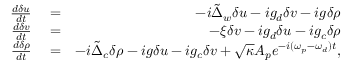
\begin{array} { r l r } { \frac { d \delta u } { d t } } & { { } = } & { - i \tilde { \Delta } _ { w } \delta u - i g _ { d } \delta v - i g \delta \rho } \\ { \frac { d \delta v } { d t } } & { { } = } & { - \xi \delta v - i g _ { d } \delta u - i g _ { c } \delta \rho } \\ { \frac { d \delta \rho } { d t } } & { { } = } & { - i \tilde { \Delta } _ { c } \delta \rho - i g \delta u - i g _ { c } \delta v + \sqrt { \kappa } A _ { p } e ^ { - i ( \omega _ { p } - \omega _ { d } ) t } , } \end{array}